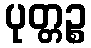
ပုတ္တဉ္စ